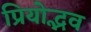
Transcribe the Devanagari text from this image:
प्रियोद्भव